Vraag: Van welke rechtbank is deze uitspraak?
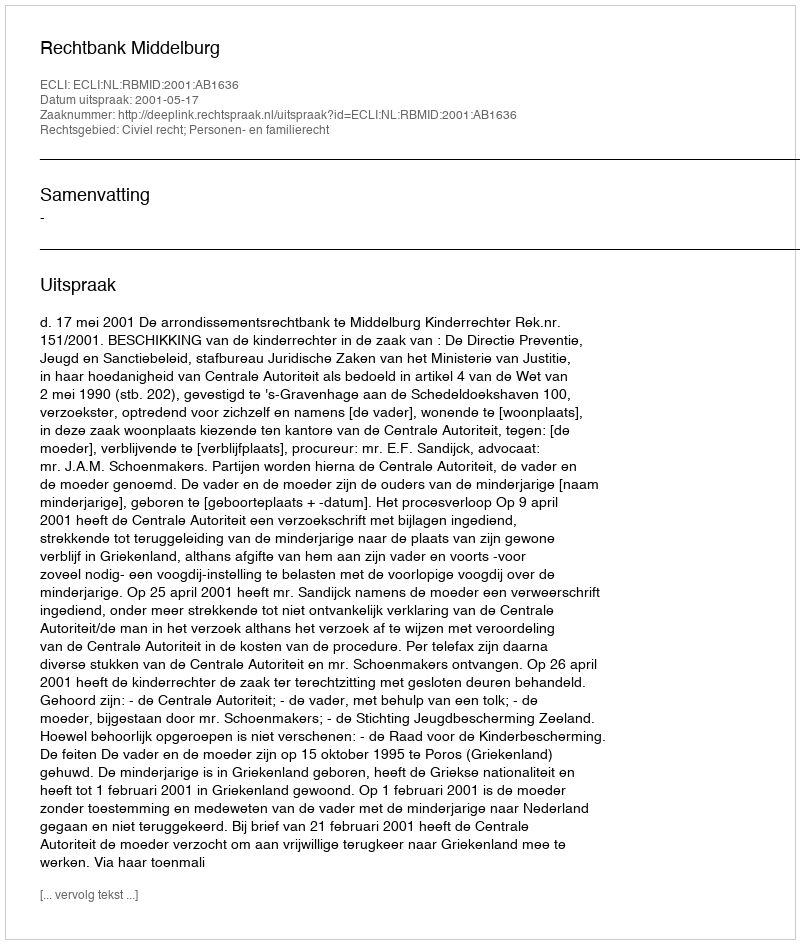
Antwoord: Rechtbank Middelburg